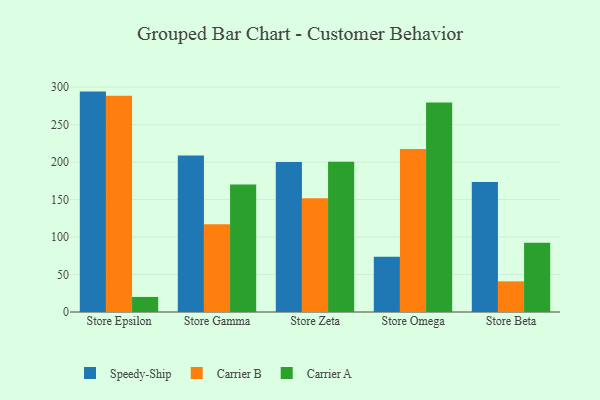
{"axis": {"x": "Store", "y": "Net Income (USD K)"}, "legend": ["Carrier A", "Carrier B", "Speedy-Ship"], "data": [{"x": "Store Epsilon", "y": 294.0, "type": "Speedy-Ship"}, {"x": "Store Epsilon", "y": 288.4, "type": "Carrier B"}, {"x": "Store Epsilon", "y": 20.1, "type": "Carrier A"}, {"x": "Store Gamma", "y": 208.6, "type": "Speedy-Ship"}, {"x": "Store Gamma", "y": 116.9, "type": "Carrier B"}, {"x": "Store Gamma", "y": 170.1, "type": "Carrier A"}, {"x": "Store Zeta", "y": 200.1, "type": "Speedy-Ship"}, {"x": "Store Zeta", "y": 151.8, "type": "Carrier B"}, {"x": "Store Zeta", "y": 200.5, "type": "Carrier A"}, {"x": "Store Omega", "y": 73.6, "type": "Speedy-Ship"}, {"x": "Store Omega", "y": 217.5, "type": "Carrier B"}, {"x": "Store Omega", "y": 279.5, "type": "Carrier A"}, {"x": "Store Beta", "y": 173.5, "type": "Speedy-Ship"}, {"x": "Store Beta", "y": 40.9, "type": "Carrier B"}, {"x": "Store Beta", "y": 92.4, "type": "Carrier A"}]}